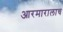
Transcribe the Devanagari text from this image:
आरमारालाच